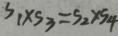
S _ { 1 } \times S _ { 3 } = S _ { 2 } \times S _ { 4 }